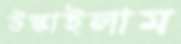
উস্‌কাইলাম